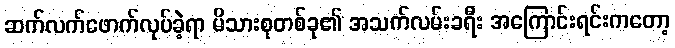
ဆက်လက်ဖောက်လုပ်ခဲ့ရာ မိသားစုတစ်ခု၏ အသက်လမ်းခရီး အကြောင်းရင်းကတော့